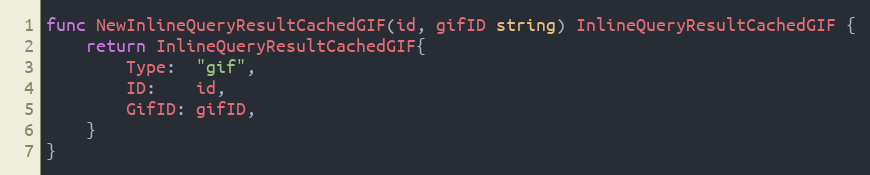
Language: Go
func NewInlineQueryResultCachedGIF(id, gifID string) InlineQueryResultCachedGIF {
	return InlineQueryResultCachedGIF{
		Type:  "gif",
		ID:    id,
		GifID: gifID,
	}
}